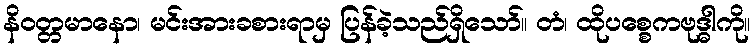
နိဝတ္တမာနော၊ မင်းအားခစားရာမှ ပြန်ခဲ့သည်ရှိသော်။ တံ၊ ထိုပစ္စေကဗုဒ္ဓါကို။